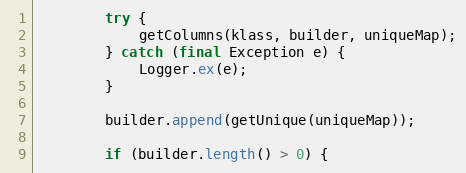
Language: Java
		try {
			getColumns(klass, builder, uniqueMap);
		} catch (final Exception e) {
			Logger.ex(e);
		}

		builder.append(getUnique(uniqueMap));

		if (builder.length() > 0) {